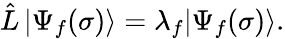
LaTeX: \begin{array}{r}{\hat{L}\, |\Psi_{f}(\sigma)\rangle=\lambda_{f}|\Psi_{f}(\sigma)\rangle.}\end{array}